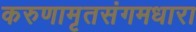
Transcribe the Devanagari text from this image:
करुणामृतसंगमधारा